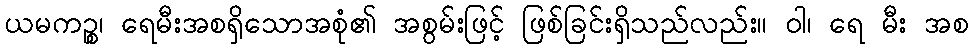
ယမကဉ္စ၊ ရေမီးအစရှိသောအစုံ၏ အစွမ်းဖြင့် ဖြစ်ခြင်းရှိသည်လည်း။ ဝါ၊ ရေ မီး အစ